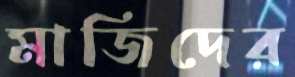
মাজিদের